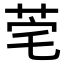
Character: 𬜭